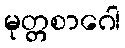
မုတ္တစာဂေါ